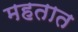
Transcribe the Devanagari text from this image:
महतात